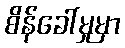
စိန်ခေါ်မှုမှာ